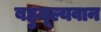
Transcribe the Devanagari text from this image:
बहुमूल्यवान